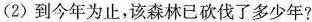
(2)到今年为止，该森林已砍伐了多少年?